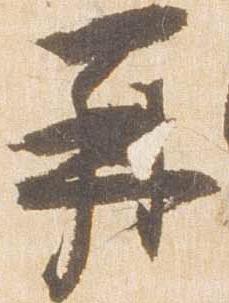
再